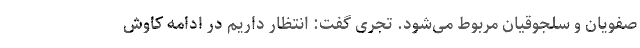
صفویان و سلجوقیان مربوط می‌شود. تجری گفت: انتظار داریم در ادامه کاوش